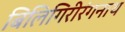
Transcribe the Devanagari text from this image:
बिलिगिरीरंगनाथ